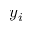
y _ { i }